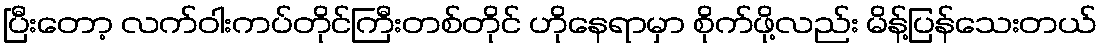
ပြီးတော့ လက်ဝါးကပ်တိုင်ကြီးတစ်တိုင် ဟိုနေရာမှာ စိုက်ဖို့လည်း မိန့်ပြန်သေးတယ်